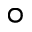
\circ